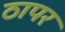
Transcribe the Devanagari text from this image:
ठापर